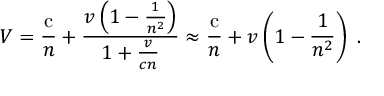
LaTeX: V = { \frac { \mathrm { c } } { n } } + { \frac { v \left( 1 - { \frac { 1 } { n ^ { 2 } } } \right) } { 1 + { \frac { v } { c n } } } } \approx { \frac { \mathrm { c } } { n } } + v \left( 1 - { \frac { 1 } { n ^ { 2 } } } \right) \ .